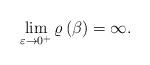
LaTeX: \begin{align*}\lim_{\varepsilon\to0^{+}}\varrho\left(\beta\right)=\infty.\end{align*}